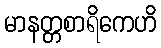
မာနတ္တစာရိကေဟိ